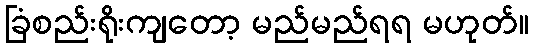
ခြံစည်းရိုးကျတော့ မည်မည်ရရ မဟုတ်။